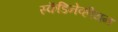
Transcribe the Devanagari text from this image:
स्कॆंडिनेव्हीयन